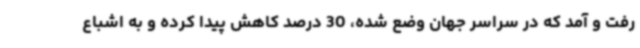
رفت و آمد که در سراسر جهان وضع شده، 30 درصد کاهش پیدا کرده و به اشباع